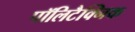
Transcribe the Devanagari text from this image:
पॉलिटैक्निक